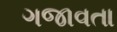
ગજાવતા